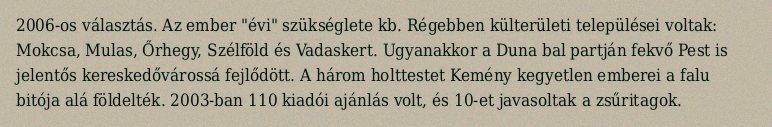
2006-os választás. Az ember "évi" szükséglete kb. Régebben külterületi települései voltak: Mokcsa, Mulas, Őrhegy, Szélföld és Vadaskert. Ugyanakkor a Duna bal partján fekvő Pest is jelentős kereskedővárossá fejlődött. A három holttestet Kemény kegyetlen emberei a falu bitója alá földelték. 2003-ban 110 kiadói ajánlás volt, és 10-et javasoltak a zsűritagok.